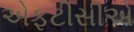
એફટીસીએ